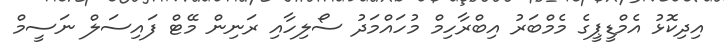
އިދިކޮޅު އެމްޑީޕީގެ މެމްބަރު އިބްރާހިމް މުހައްމަދު ސޯލިހާއި ރަނިން މޭޓް ފައިސަލް ނަސީމް